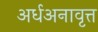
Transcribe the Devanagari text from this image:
अर्धअनावृत्त